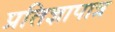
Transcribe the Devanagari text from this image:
प्रतिज्ञापात्र